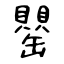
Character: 罌